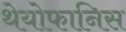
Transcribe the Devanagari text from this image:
थेयोफानिस